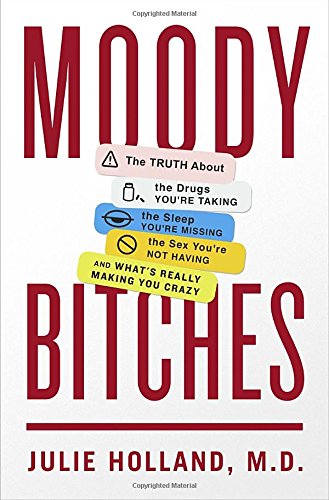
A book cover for Moody Bitches: The Truth About the Drugs You're Taking, The Sleep You're Missing, The Sex You're Not Having, and What's Really Making You Crazy; Julie Holland; Health, Fitness & Dieting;